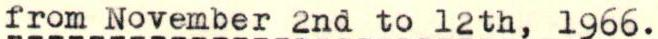
from November 2nd to 12th, 1966.